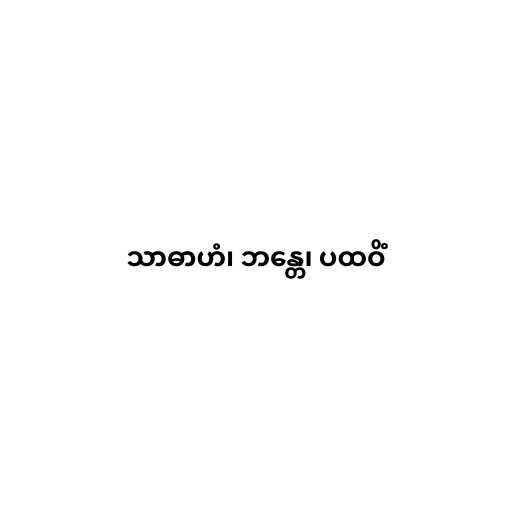
သာဓာဟံ၊ ဘန္တေ၊ ပထဝိံ